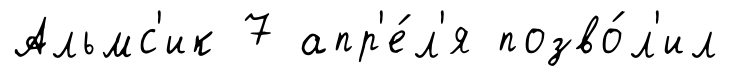
Альмс'ик 7 апр'е́л'я позво́л'ил